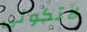
لاتكوني